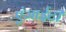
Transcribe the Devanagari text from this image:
एंजाईटी